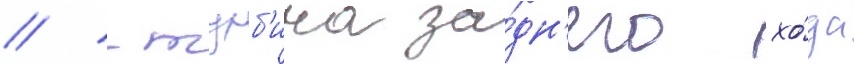
// -турб'ина за́дн'его хо́да